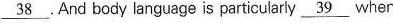
\underline{38} 。And body language is particle \underline{39} 。when